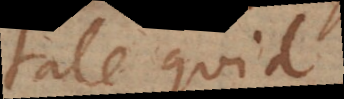
tale quid